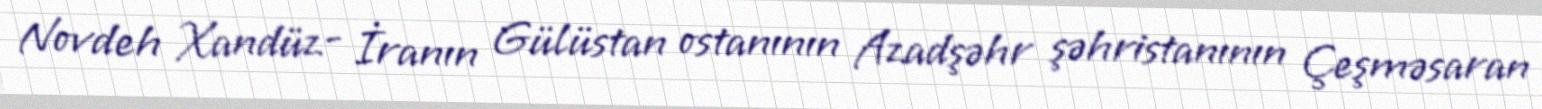
Novdeh Xandüz- İranın Gülüstan ostanının Azadşəhr şəhristanının Çeşməsaran